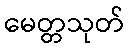
မေတ္တသုတ်